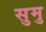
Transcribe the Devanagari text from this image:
सुमु